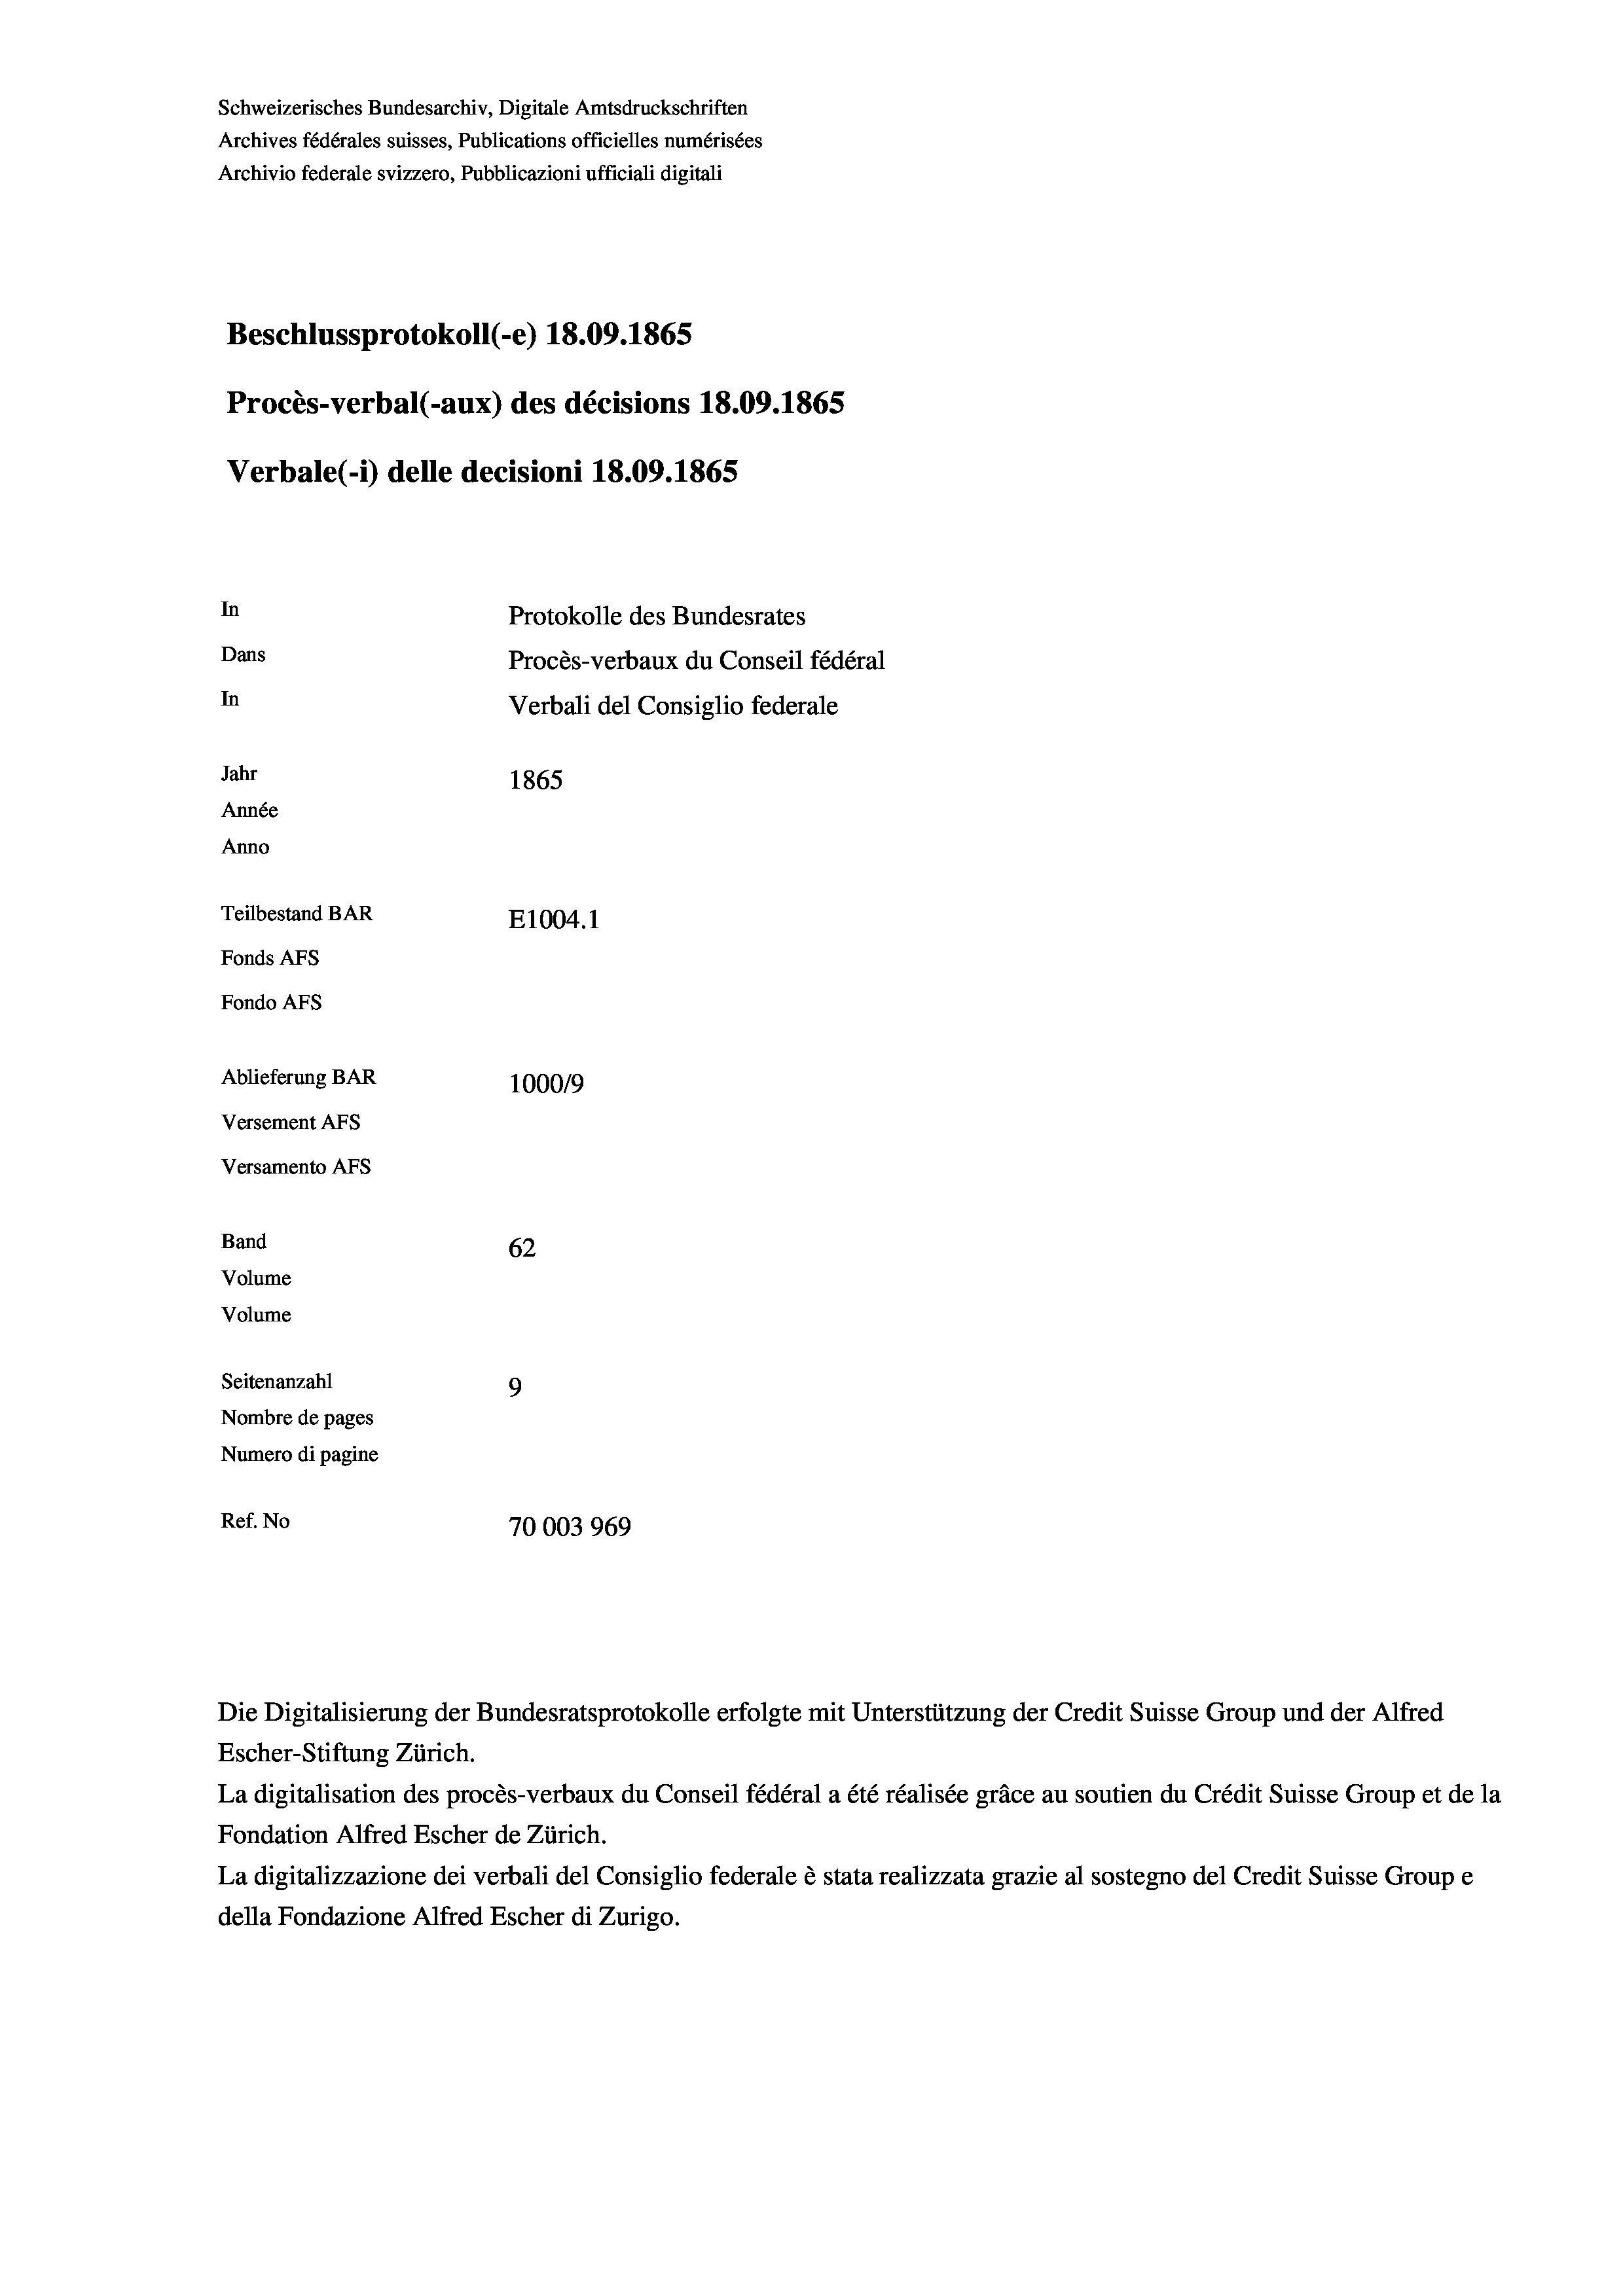
Schweizerisches Bundesarchiv, Digitale Amtsdruckschriften
Archives fédérales suisses, Publications officielles numérisées
Archivio federale svizzero, Pubblicazioni ufficiali digitali
Beschlussprotokoll (e) 18.09. 1865
Procès-verbal (-aux) des décisions 18.09. 1865
Verbale (i) delle decisioni 18.09. 1865
In
Protokolle des Bundesrates
Dans
Procès-verbaux du Conseil fédéral
In
Verbali del Consiglio federale
Jahr
1865
Année
Anno
Teilbestand BAR
E1004.1
Fonds Afs
Fondo AFS
Ablieferung BAR
100019
Versement Abs
Versamento Afs

62
Seitenanzahl
9
Nombre de pages
Numero di pagine
Ref. No
70003 969

Band
Volume
Volume

Escher-Stiftung Zürich.
La digitalisation des procès-verbaux du Conseil fédéral a été réalisée gräce au soutien du Crédit Suisse Group et de la
Fondation Alfred Escher de Zürich.
La digitalizzazione dei verbali del Consiglio federale è stata realizzata grazie al sostegno del Credit Suisse Groupe
della Fondazione Alfred Escher di Zurigo.

Die Digitalisierung der Bundesratsprotokolle erfolgte mit Unterstützung der Credit Suisse Group und der Alfred